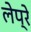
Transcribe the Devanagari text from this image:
लेप्रे